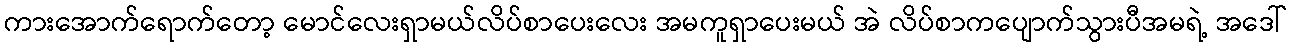
ကားအောက်ရောက်တော့ မောင်လေးရှာမယ်လိပ်စာပေးလေး အမကူရှာပေးမယ် အဲ လိပ်စာကပျောက်သွားပီအမရဲ့ အဒေါ်